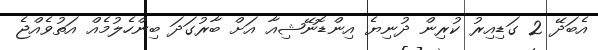
އެބަދޭ 2 ގަޑިއިރު ކުރިން ދުނިޔެ އިންޑޮނޭޝިއާ އަށް ބާރުގަދަ ބިންހެލުމެއް އަތުވެއްޖެ